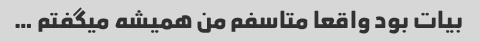
بیات بود واقعا متاسفم من همیشه میگفتم …